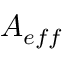
A _ { e f f }